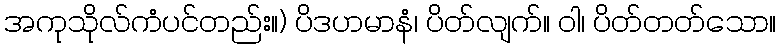
အကုသိုလ်ကံပင်တည်း။) ပိဒဟမာနံ၊ ပိတ်လျက်။ ဝါ၊ ပိတ်တတ်သော။